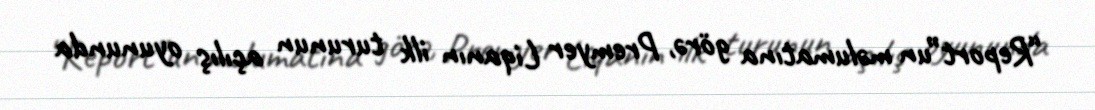
“Report”un məlumatına görə, Premyer Liqanın ilk turunun açılış oyununda